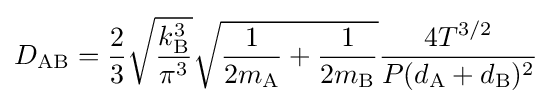
D_{\rm {AB}}={\frac {2}{3}}{\sqrt {\frac {k_{\rm {B}}^{3}}{\pi ^{3}}}}{\sqrt {{\frac {1}{2m_{\rm {A}}}}+{\frac {1}{2m_{\rm {B}}}}}}{\frac {4T^{3/2}}{P(d_{\rm {A}}+d_{\rm {B}})^{2}}}